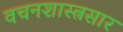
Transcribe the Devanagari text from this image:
वचनशास्त्रसार